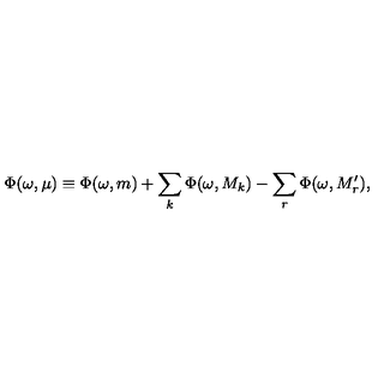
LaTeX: \Phi ( \omega , \mu ) \equiv \Phi ( \omega , m ) + \sum _ { k } \Phi ( \omega , M _ { k } ) - \sum _ { r } \Phi ( \omega , M _ { r } ^ { \prime } ) ,